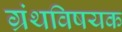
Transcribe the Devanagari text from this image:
ग्रंथविषयक